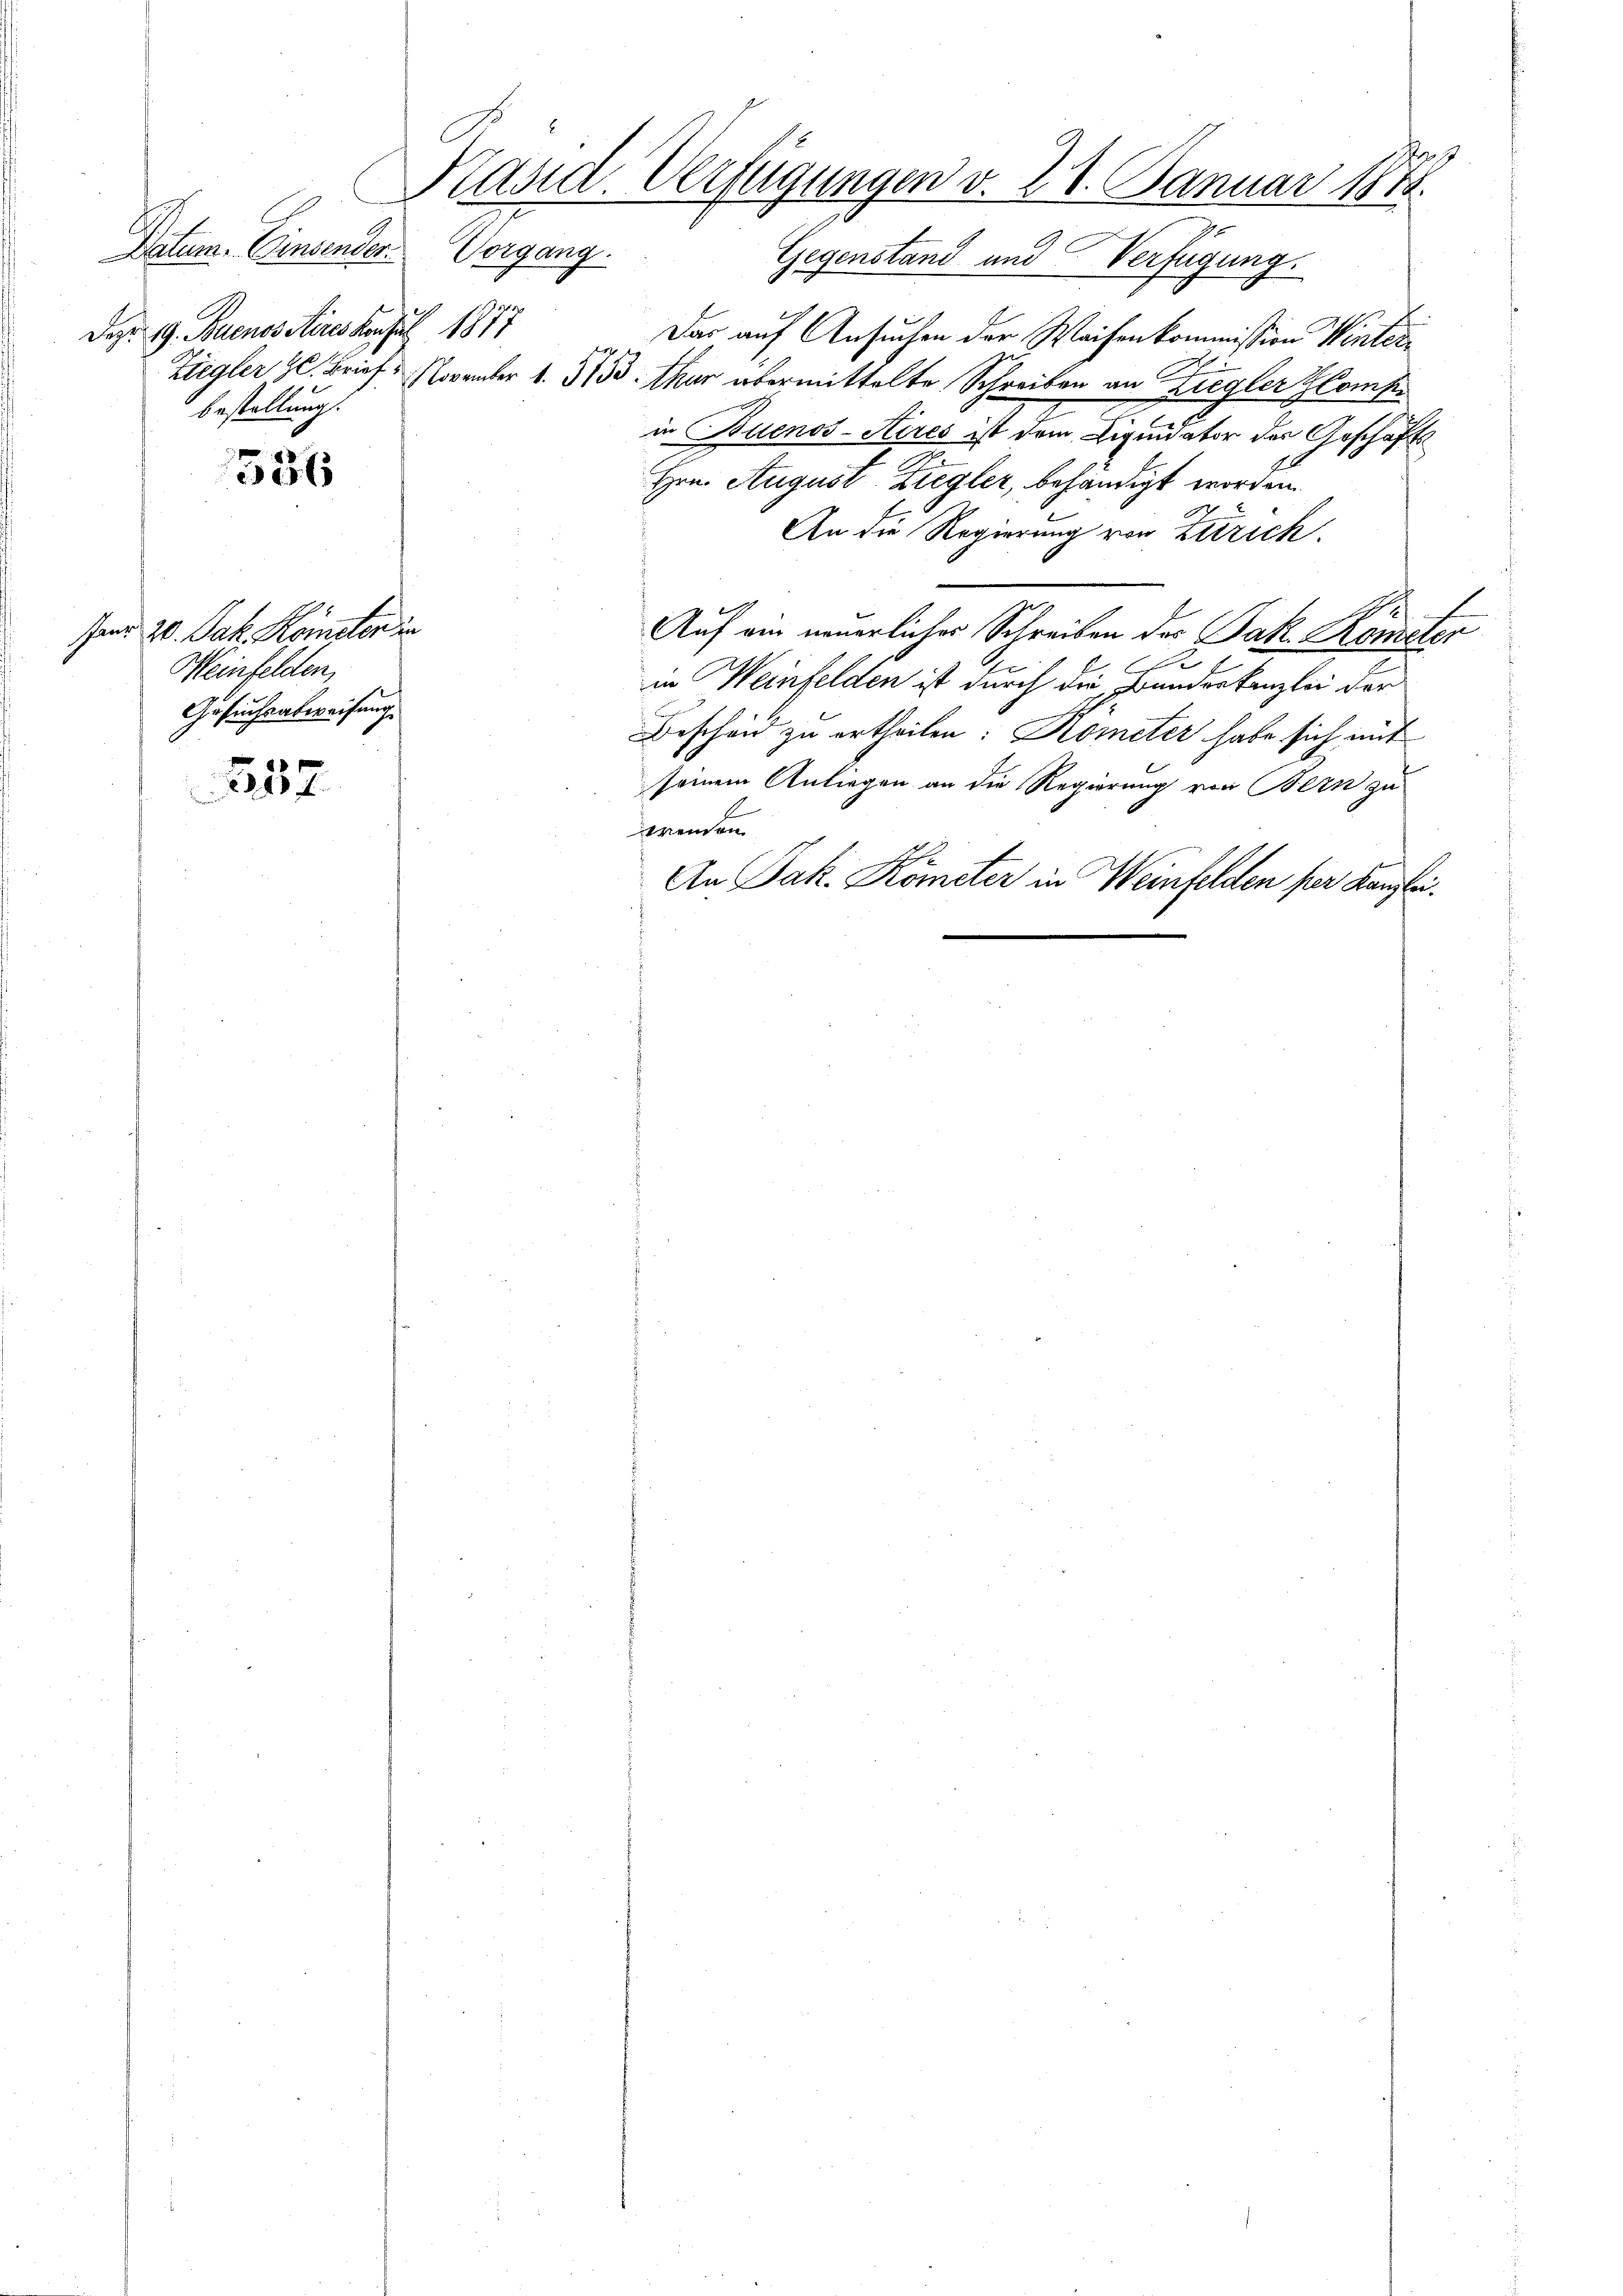
Datum. Einsender Vorgang.
Dazu 19. Buenos Aires Konsul 1877
bestellung.

E

586

send 20. Jak. Kometer in
Heinfelden,
Gesuchsabweisung.

257

Päsid. Verfügungen v. 21. Januar 1848.
Gegenstand und Verfügung.

Das auf Ansuchen der Waisenkommission Winter¬
Ziegler 9. Brief. November 1. 315. Nur übermittelte Schreiben an Ziegler Kompe
in Buenos-Aires ist dem Liquidator der Geschäfts
Hrn. August Ziegler, behändigt worden.
An die Regierung von Zürich.
Auf ein neuerlicher Schreiben der Jak. Kempter
.
.
in Weinfelden ist durch die Branderkanzlei der
Bescheid zu ertheilen: Kometer habe sich mit
seinem Anliegen an die Regierung von Bern zu
wenden
An Jak. Kometer in Weinfelden per Kanzlei.